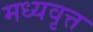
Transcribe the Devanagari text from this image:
मध्यवृत्त